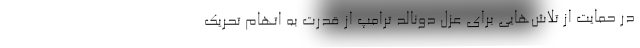
در حمایت از تلاش‌هایی برای عزل دونالد ترامپ از قدرت به اتهام تحریک